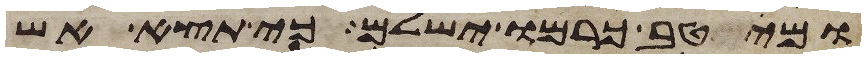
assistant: ומיטב כרמו ישלם כי תצא אש